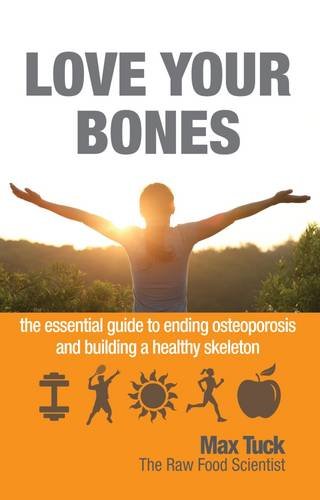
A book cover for Love Your Bones: The Essential Guide to Ending Osteoporosis and Building a Healthy Skeleton; Max Tuck; Health, Fitness & Dieting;